Civil Veterinary Department. Central Provinces & Berar 1925-31 - 1925-1931
Year: 1925
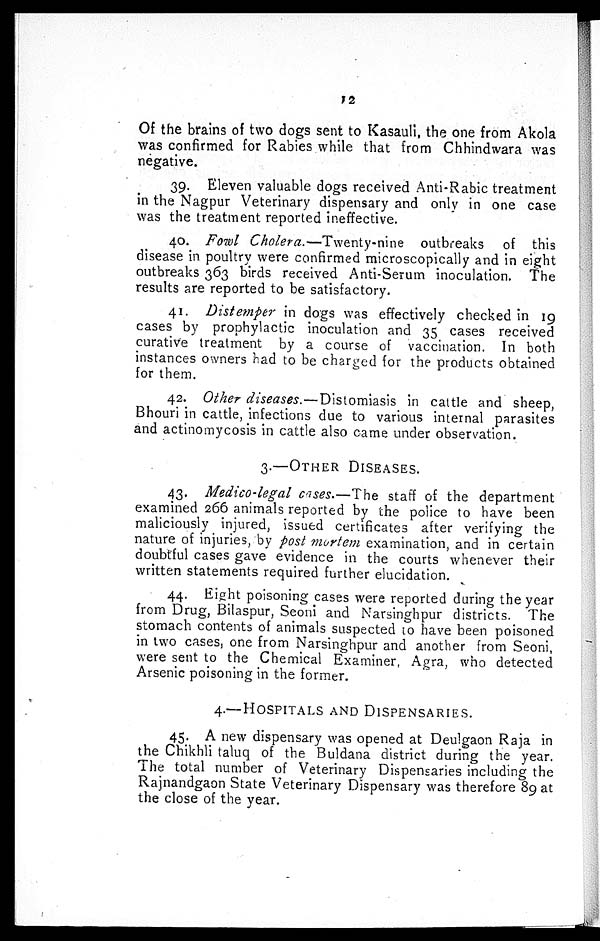
12
Of the brains of two dogs sent to Kasauli, the one from Akola
was confirmed for Rabies while that from Chhindwara was
negative.
39. Eleven valuable dogs received Anti-Rabic treatment
in the Nagpur Veterinary dispensary and only in one case
was the treatment reported ineffective.
40. Fowl Cholera.—Twenty-nine outbreaks of this
disease in poultry were confirmed microscopically and in eight
outbreaks 363 birds received Anti-Serum inoculation. The
results are reported to be satisfactory.
41. Distemper in dogs was effectively checked in 19
cases by prophylactic inoculation and 35 cases received
curative treatment by a course of vaccination. In both
instances owners had to be charged for the products obtained
for them.
42. Other diseases.—Distomiasis in cattle and sheep,
Bhouri in cattle, infections due to various internal parasites
and actinomycosis in cattle also came under observation.
3.—OTHER DISEASES.
43. Medico-legal cases.—The staff of the department
examined 266 animals reported by the police to have been
maliciously injured, issued certificates after verifying the
nature of injuries, by post mortem examination, and in certain
doubtful cases gave evidence in the courts whenever their
written statements required further elucidation.
44. Eight poisoning cases were reported during the year
from Drug, Bilaspur, Seoni and Narsinghpur districts. The
stomach contents of animals suspected to have been poisoned
in two cases, one from Narsinghpur and another from Seoni,
were sent to the Chemical Examiner, Agra, who detected
Arsenic poisoning in the former.
4.—HOSPITALS AND DISPENSARIES.
45. A new dispensary was opened at Deulgaon Raja in
the Chikhli taluq of the Buldana district during the year.
The total number of Veterinary Dispensaries including the
Rajnandgaon State Veterinary Dispensary was therefore 89 at
the close of the year.